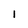
Character: 1